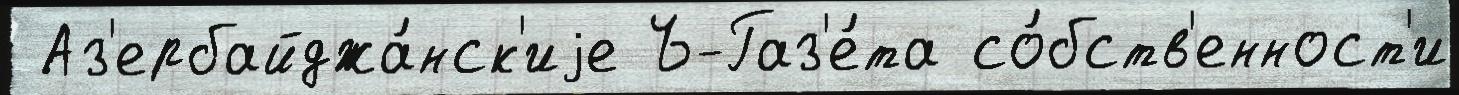
 Аз'ербайджа́нск'иjе Ъ-Газ'е́та со́бств'енност'и